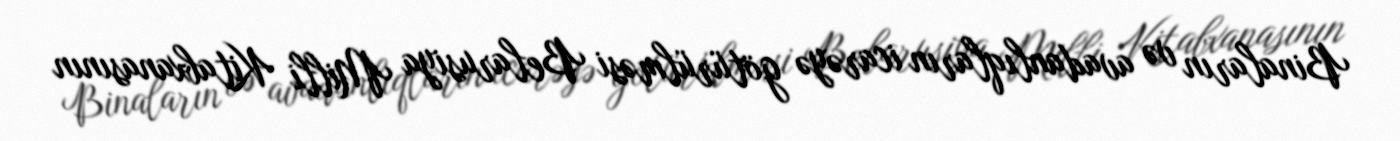
Binaların və avadanlıqların icarəyə götürülməsi Belarusiya Milli Kitabxanasının